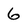
Character: 6